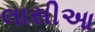
લાસીઆ